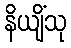
နိယျိံသု